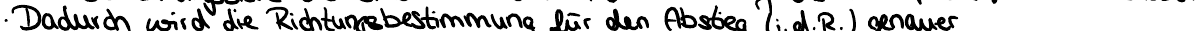
Dadurch wird die Richtungsbestimmung für den Abstieg (i.d.R.) genauer